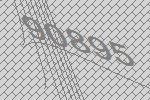
90895